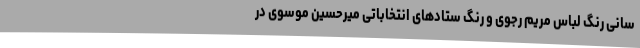
‌سانیِ رنگ لباس مریم رجوی و رنگ ستادهای انتخاباتی میرحسین موسوی در